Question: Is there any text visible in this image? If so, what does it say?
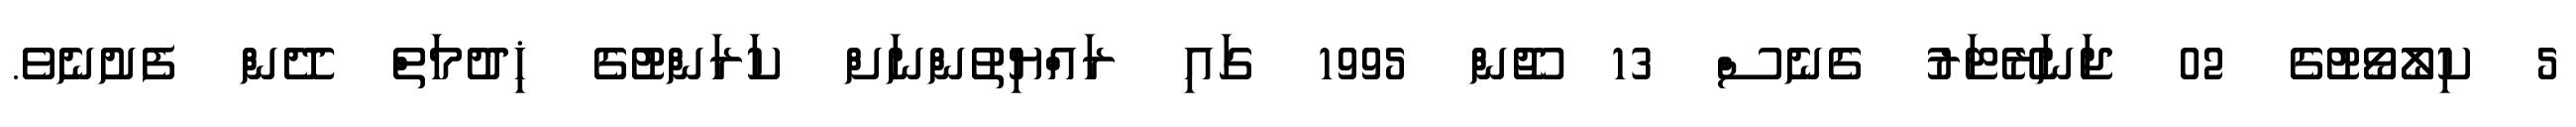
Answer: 5 ކިލޯވޯޓުގެ 02 ޖަނަރޭޓަރު ގެނެސް 13 ޖޫން 1995 ގައި ރައްޔިތުންނަށް ކަރަންޓުގެ ޚިދުމަތް ދޭން ފެށުނެވެ.